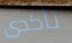
تأكدى